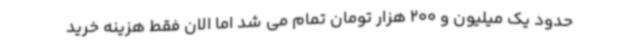
حدود یک میلیون و 200 هزار تومان تمام می شد اما الان فقط هزینه خرید